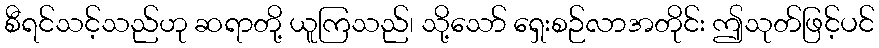
စီရင်သင့်သည်ဟု ဆရာတို့ ယူကြသည်၊ သို့သော် ရှေးစဉ်လာအတိုင်း ဤသုတ်ဖြင့်ပင်